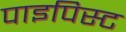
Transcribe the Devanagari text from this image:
पाइपिस्ट